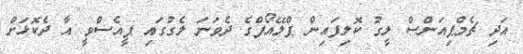
އަދި ޗެމްޕިއަންސް ލީގު ކޮލިފައިން ޕްލޭއޯފްގެ ދެވަނަ ލެގުގައި ޕީއެސްވީ އާ ދެކޮޅަށް